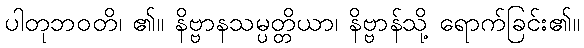
ပါတုဘဝတိ၊ ၏။ နိဗ္ဗာနသမ္ပတ္တိယာ၊ နိဗ္ဗာန်သို့ ရောက်ခြင်း၏။